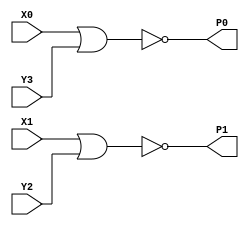
module PP2(X0, X1, Y2, Y3, P0, P1);
input   X0;
input   X1;
input   Y2;
input   Y3;
output  P0;
output  P1;
nor g0(P0, X0, Y3);
nor g1(P1, X1, Y2);
endmodule